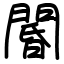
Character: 閽